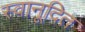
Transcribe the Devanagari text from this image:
स्वानूदित